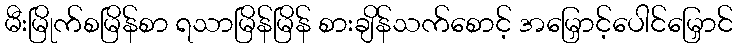
မီးမြိုက်စမြိန်စာ ရသာမြိန်မြိန် စားချိန်သက်စောင့် အမြှောင့်ပေါင်မြှောင်